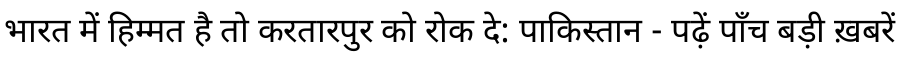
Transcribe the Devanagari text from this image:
भारत में हिम्मत है तो करतारपुर को रोक दे: पाकिस्तान - पढ़ें पाँच बड़ी ख़बरें